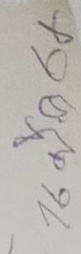
16 มี.ค. 64